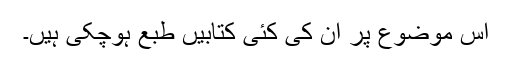
اس موضوع پر ان کی کئی کتابیں طبع ہوچکی ہیں۔